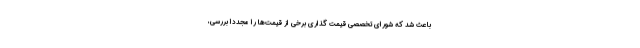
باعث شد که شورای تخصصی قیمت گذاری برخی از قیمت‌ها را مجددا بررسی،